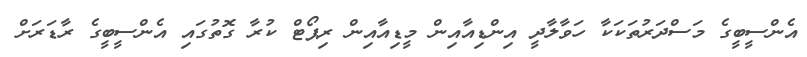
އެންސީބީގެ މަސްދަރުތަކަކާ ހަވާލާދީ އިންޑިއާއިން މީޑިއާއިން ރިޕޯޓް ކުރާ ގޮތުގައި އެންސީބީގެ ރާޑަރަށް